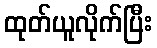
ထုတ်ယူလိုက်ပြီး